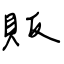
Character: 販